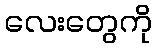
လေးတွေကို